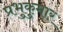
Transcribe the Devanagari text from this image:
प्रभुकुमार